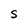
Character: S